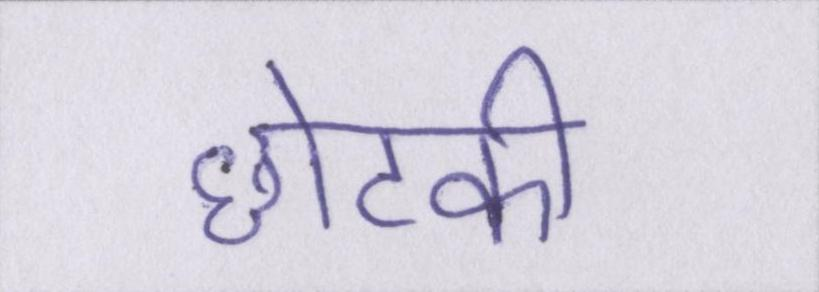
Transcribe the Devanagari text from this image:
छोटकी